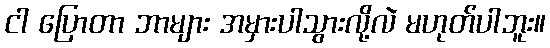
ငါ ပြောတာ ဘာများ အမှားပါသွားလို့လဲ မဟုတ်ပါဘူး။